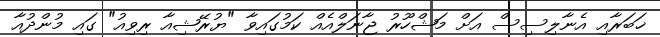
ޚަބަރާއި އެނާލިސިސް އަށް މަޝްހޫރު ޖާނަލްއެއް ކަމުގައިވާ "ޔުރޭޝިއާ ރިވިއު" ގައި މުންދުއާ